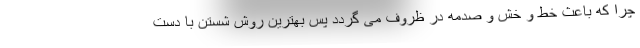
چرا که باعث خط و خش و صدمه در ظروف می گردد پس بهترین روش شستن با دست